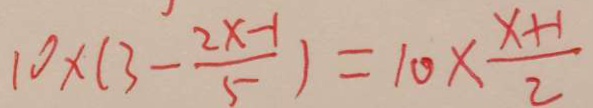
1 0 \times ( 3 - \frac { 2 x - 1 } { 5 } ) = 1 0 \times \frac { x + 1 } { 2 }